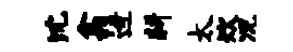
沈翕迓耕太炊况